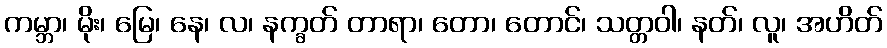
ကမ္ဘာ၊ မိုး၊ မြေ၊ နေ၊ လ၊ နက္ခတ် တာရာ၊ တော၊ တောင်၊ သတ္တဝါ၊ နတ်၊ လူ၊ အဟိတ်